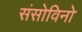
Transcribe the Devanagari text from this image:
संसोविनो